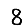
Digit: 8